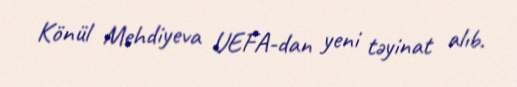
Könül Mehdiyeva UEFA-dan yeni təyinat alıb.